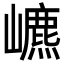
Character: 𡾌